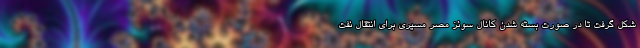
شکل گرفت تا در صورت بسته شدن کانال سوئز مصر مسیری برای انتقال نفت